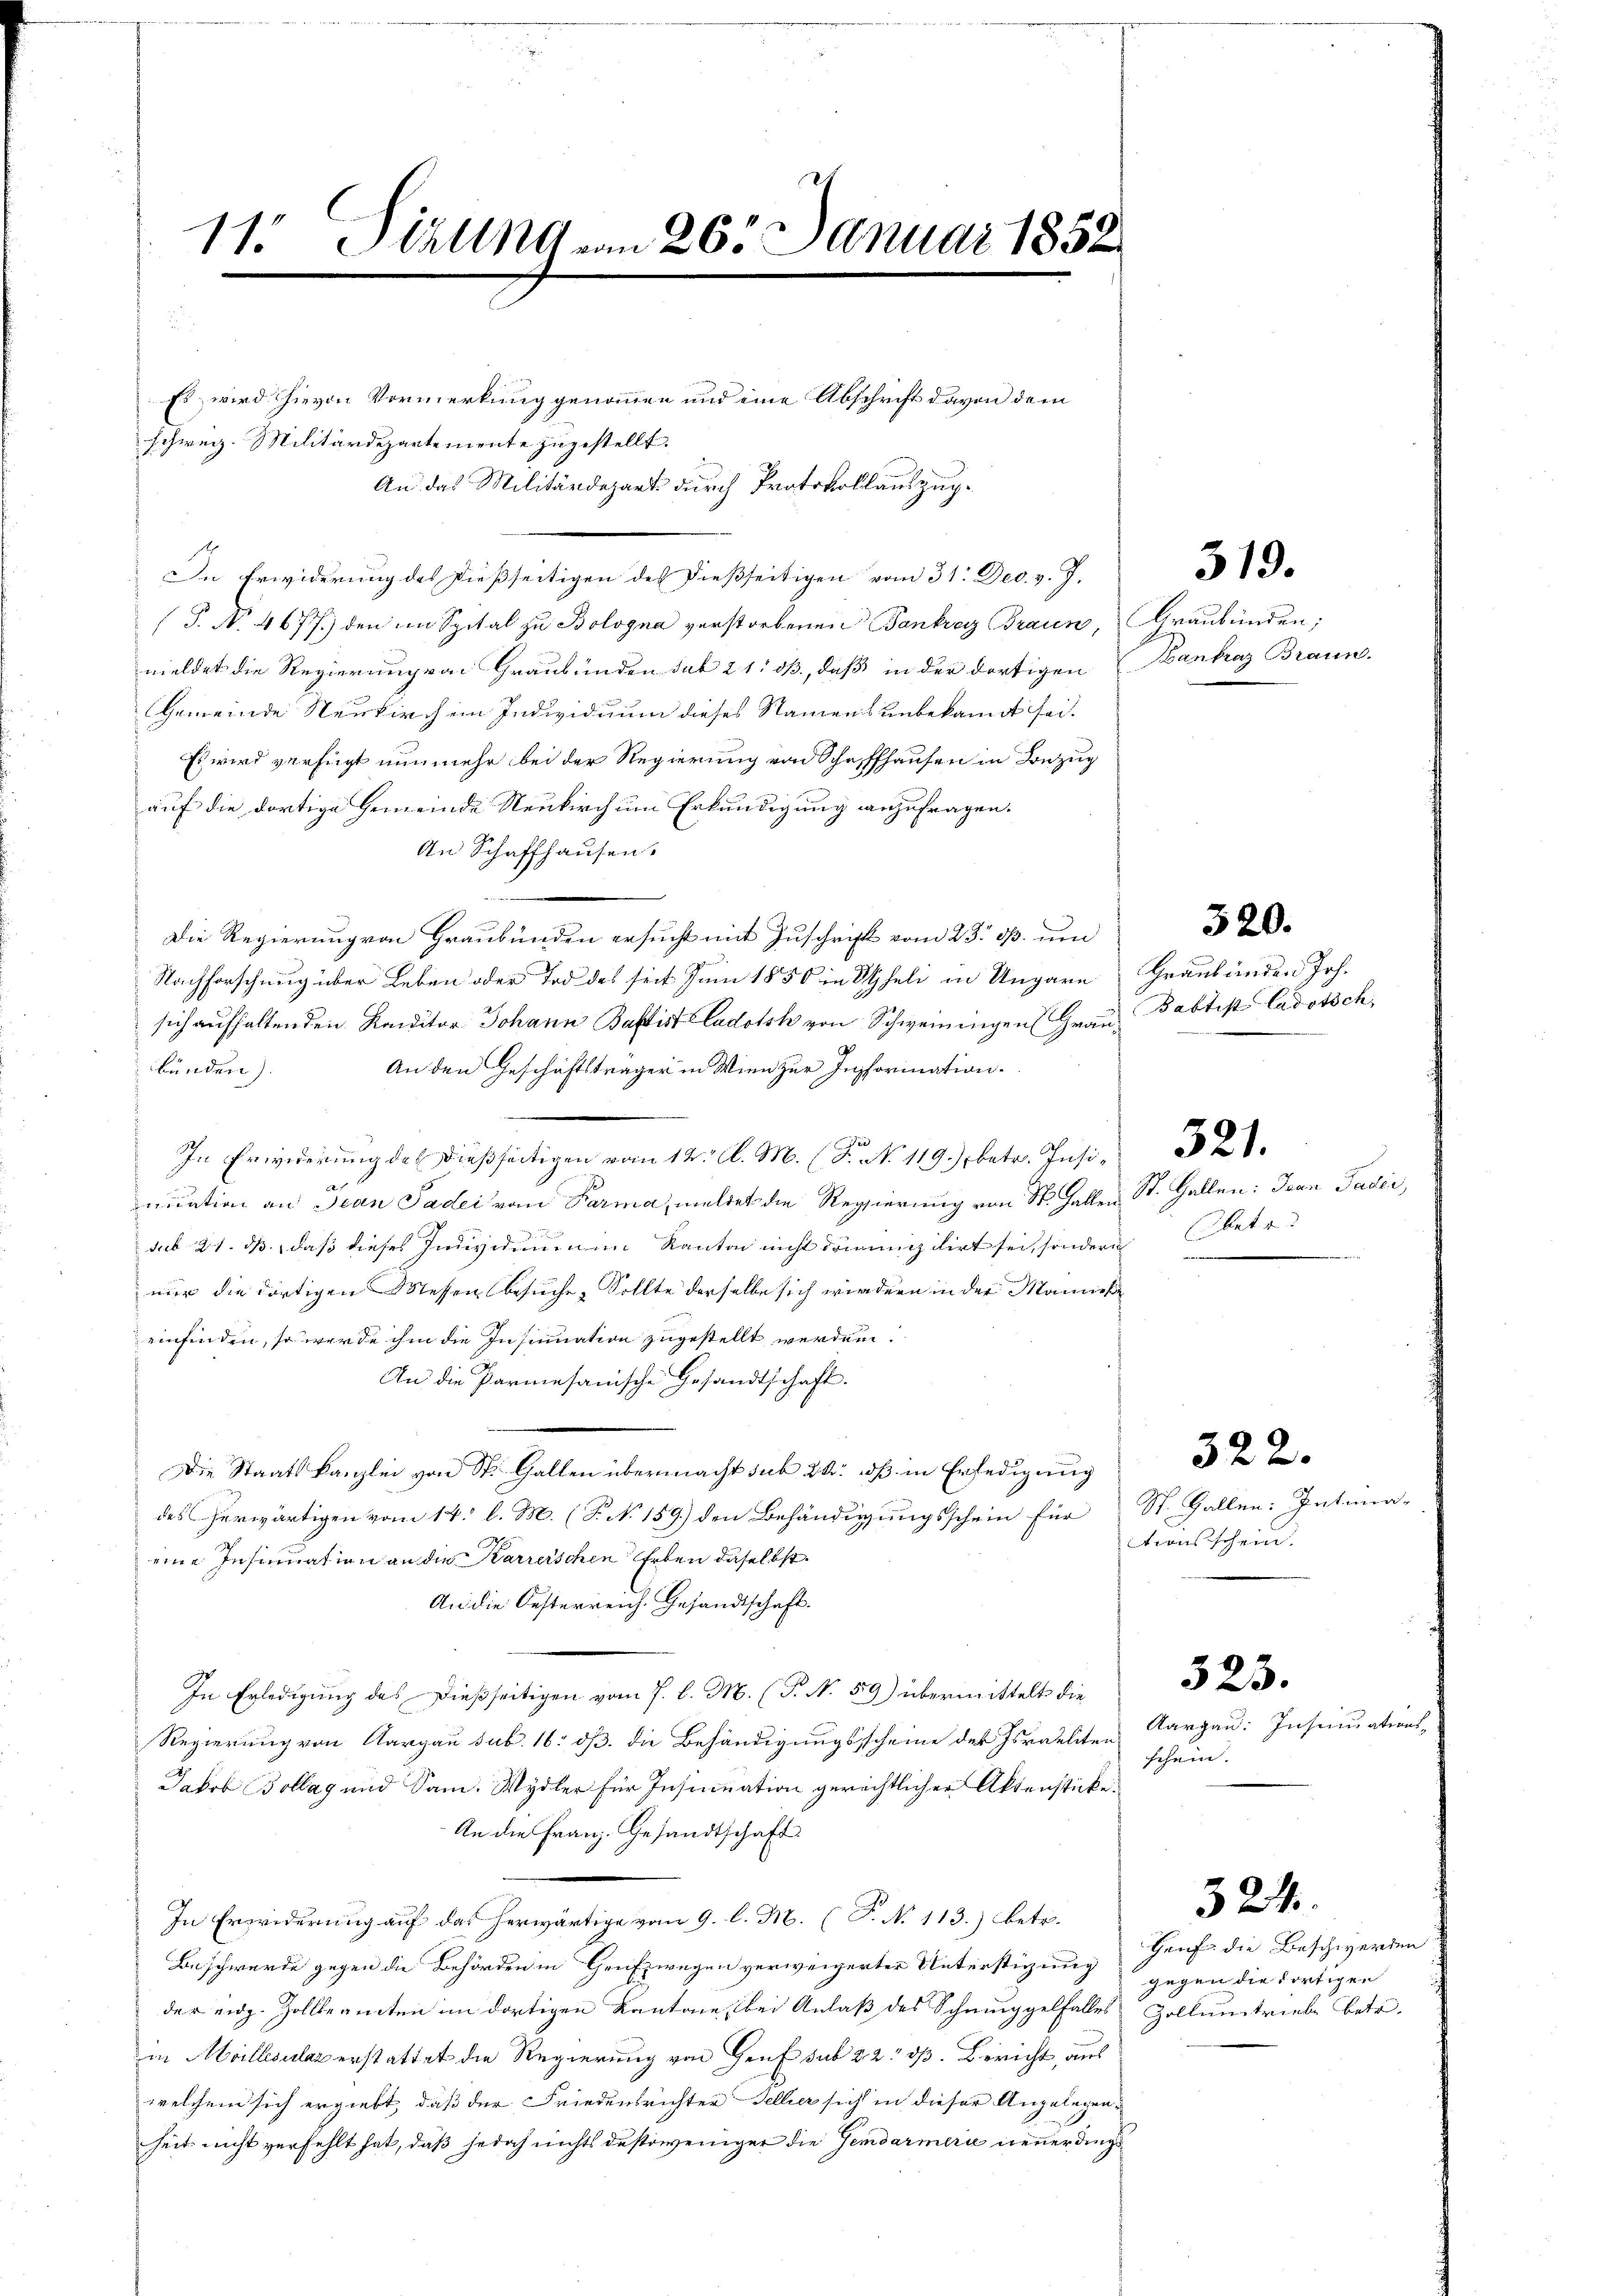
11 Sizung am 263. Januar 1858.

Es wird hievon Vormerkung genommen und eine Abschrift davon dem
schweiz. Militärdepartemente zugestellt.
An das Militärdepart durch Protokollauszug¬
In Erwiderung des dießseitigen des dießseitigen vom 31. Dec. v. J.
(P. No. 4677) den im Spital zu Bologna verstorbenen Bankrei Braun, Graubünden;
meldet die Regierung von Graubünden sub 21: oß, daß in der dortigen (Hankaz Braun-
Gemeinde Neukirchein Individuum dieses Namens unbekannt sei.
Es wird verfügt nunmehr bei der Regierung von Schaffhausen in Bezug
auf die dortige Gemeinde Neukirch um Erkundigung anzufragen.
An Schaffhausen.
Die Regierung von Graubünden ersucht mit Zuschrift vom 23. ds. und
Nachforschung über Leben oder Tod des seit Juni 1850 in Scheli in Ungarn Graubünden Joh.
sich aufhaltenden Konditor Johann Baptist adotsk von Schweiningen (Grau¬
An den Geschäftsträger in Wien zur Instorination.
bünden).
In Erwiderung des dießseitigen vom 14t l. M. (T. No 119.) betr. Insinication an Jean Padei von Parma, meldet die Regierung von St. Gallen St. Gallen: Jean Pader,
sub 21. dß, daß dieses Individuumen Kanton nicht domizilirt sei, sondern betr
nur die dortigen Messen besuche, Sollte derselbe sich wirdern in der Mannies
einfinden, so werde ihm die Insinuation zugestellt werden.
An die Parmesanische Gesandtschaft.
Die Staatskanzlei von St. Gallen übermacht sub 24. dß in Erledigung
des herwärtigen vom 14. l. M. (T. No. 159) den Behändigungsschein für St. Gallen: Intera-
eine Insinuation an die Karrerschen Erben daselbst.
An die Oesterreich. Gesandtschaft.
In Erledigung des Dießseitigen vom 7. l. M. (T. No. 59) übermittelt die
Regierung von Aargau sub. 16. dß die Behändigungsscheine der Israeliten
Jakob Bollag und Sam. Wydler für Insinuation gerechtlicher Aktenstücke.
An die Franz. Gesandtschaft
In Erwiderung auf das herwärtige vom 9. l. M. (T. No 113.) betr.
Beschwerde gegen die Behörden in Genfzwegen verweigerter Unterstigung auf die Beschwerden
der eidg. Zollbeamten im dortigen Kantone, bei Anlaß des Schmuggelfalles Zollumtriebe betr.
in Meillecular erstattet die Regierung von Genf sub 22 dß. Bericht, aus
welchem sich ergiebt, daß der Friedensrichter Feller sich in dieser Angelegen-
seit nicht verfehlt hat, daß jedoch nichts destoweniger die Gemdarmerie neuerdings

519.

Babtist Cadotsch,

520.

521.

322.
tionsschein.

Aargau: Insinuation
schein. |

523.

324

gegen die dortigen